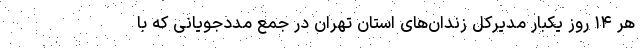
هر ۱۴ روز یکبار مدیرکل زندان‌های استان تهران در جمع مددجویانی که با